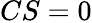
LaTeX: CS=0